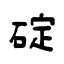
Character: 碇